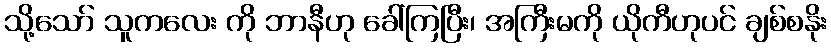
သို့သော် သူကလေး ကို ဘာနီဟု ခေါ်ကြပြီး၊ အကြီးမကို ယိုကီဟုပင် ချစ်စနိုး